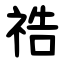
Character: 祰